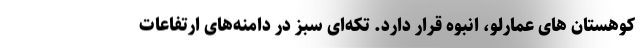
کوهستان های عمارلو، انبوه قرار دارد. تکه‌ای سبز در دامنه‌های ارتفاعات